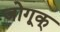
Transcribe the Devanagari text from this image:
जोगूक्